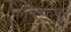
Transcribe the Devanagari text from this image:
कनिष्कपूर